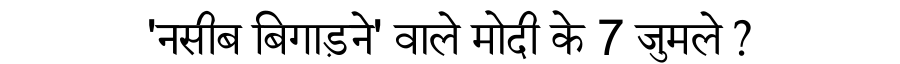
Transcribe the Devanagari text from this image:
'नसीब बिगाड़ने' वाले मोदी के 7 जुमले ?